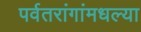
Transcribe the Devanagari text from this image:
पर्वतरांगांमधल्या